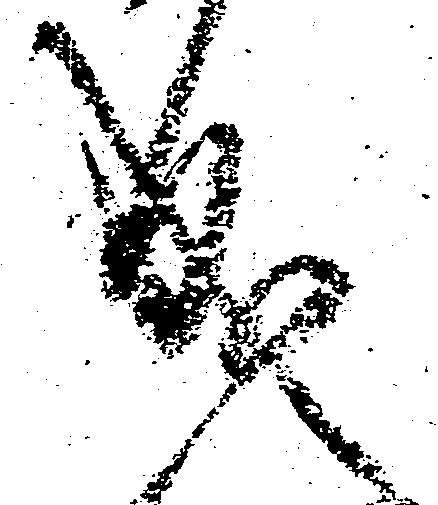
成